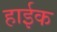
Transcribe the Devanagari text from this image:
हाईक